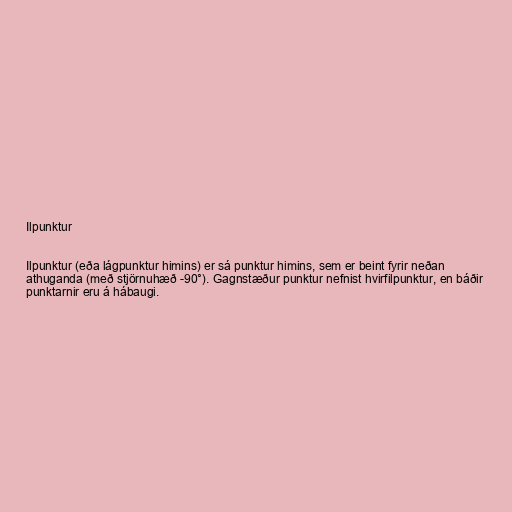
Ilpunktur

Ilpunktur (eða lágpunktur himins) er sá punktur himins, sem er beint fyrir neðan
athuganda (með stjörnuhæð -90°). Gagnstæður punktur nefnist hvirfilpunktur, en báðir
punktarnir eru á hábaugi.